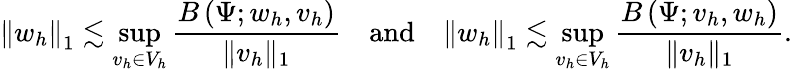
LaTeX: \left\| w_{h}\right\| _{1}\lesssim\operatorname*{sup}_{v_{h}\in V_{h}}\frac{B\left(\Psi;w_{h},v_{h}\right)}{\| v_{h}\| _{1}}\quad\mathrm{and}\quad\left\| w_{h}\right\| _{1}\lesssim\operatorname*{sup}_{v_{h}\in V_{h}}\frac{B\left(\Psi;v_{h},w_{h}\right)}{\| v_{h}\| _{1}}.